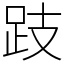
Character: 跂